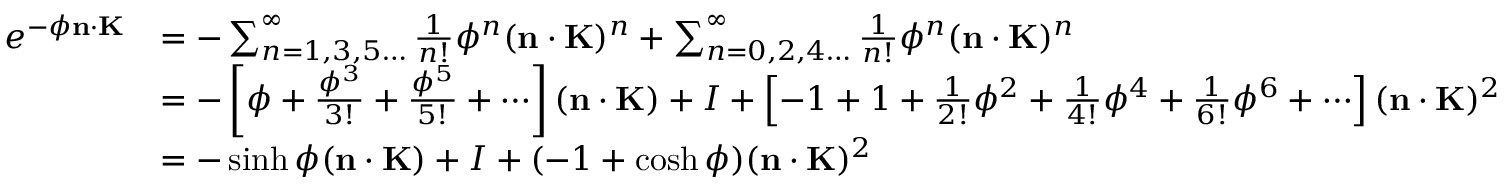
{ \begin{array} { r l } { e ^ { - \phi \mathbf { n } \cdot \mathbf { K } } } & { = - \sum _ { n = 1 , 3 , 5 \ldots } ^ { \infty } { \frac { 1 } { n ! } } \phi ^ { n } ( \mathbf { n } \cdot \mathbf { K } ) ^ { n } + \sum _ { n = 0 , 2 , 4 \ldots } ^ { \infty } { \frac { 1 } { n ! } } \phi ^ { n } ( \mathbf { n } \cdot \mathbf { K } ) ^ { n } } \\ & { = - \left[ \phi + { \frac { \phi ^ { 3 } } { 3 ! } } + { \frac { \phi ^ { 5 } } { 5 ! } } + \cdots \right] ( \mathbf { n } \cdot \mathbf { K } ) + I + \left[ - 1 + 1 + { \frac { 1 } { 2 ! } } \phi ^ { 2 } + { \frac { 1 } { 4 ! } } \phi ^ { 4 } + { \frac { 1 } { 6 ! } } \phi ^ { 6 } + \cdots \right] ( \mathbf { n } \cdot \mathbf { K } ) ^ { 2 } } \\ & { = - \sinh \phi ( \mathbf { n } \cdot \mathbf { K } ) + I + ( - 1 + \cosh \phi ) ( \mathbf { n } \cdot \mathbf { K } ) ^ { 2 } } \end{array} }